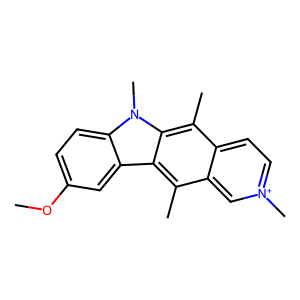
SMILES: COc1ccc2c(c1)c1c(C)c3c[n+](C)ccc3c(C)c1n2C
Inhibits HIV replication: No